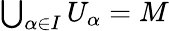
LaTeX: \textstyle\bigcup_{\alpha\in I}U_{\alpha}=M